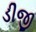
ડીજી